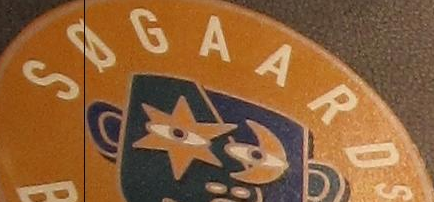
SOGAARDs